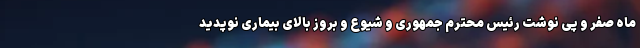
ماه صفر و پی نوشت رئیس محترم جمهوری و شیوع و بروز بالای بیماری نوپدید